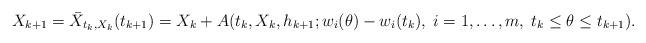
LaTeX: \begin{align*} X_{k+1}=\bar{X}_{t_{k},X_{k}}(t_{k+1}) =X_{k}+A(t_{k},X_{k},h_{k+1};w_{i}(\theta)-w_{i}(t_{k}),\;i=1,\ldots,m,\;t_{k}\leq\theta\leq t_{k+1}).\end{align*}